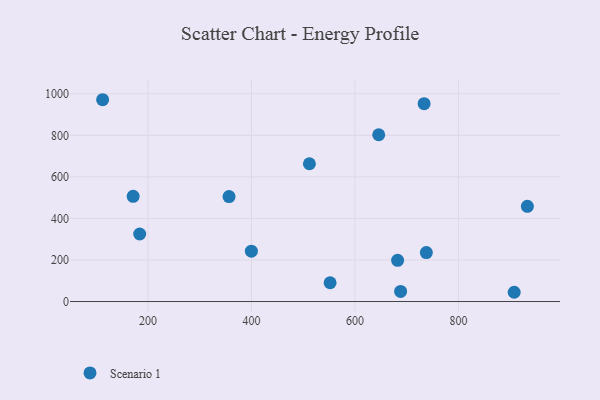
{"axis": {"x": "Study Hours", "y": "Demand"}, "legend": ["Scenario 1"], "data": [{"x": "907.6", "y": 44.5, "type": "Scenario 1"}, {"x": "688.2", "y": 48.4, "type": "Scenario 1"}, {"x": "512.0", "y": 663.1, "type": "Scenario 1"}, {"x": "112.5", "y": 971.3, "type": "Scenario 1"}, {"x": "171.5", "y": 506.2, "type": "Scenario 1"}, {"x": "682.4", "y": 198.2, "type": "Scenario 1"}, {"x": "733.6", "y": 952.3, "type": "Scenario 1"}, {"x": "356.7", "y": 505.3, "type": "Scenario 1"}, {"x": "399.9", "y": 242.1, "type": "Scenario 1"}, {"x": "933.1", "y": 458.0, "type": "Scenario 1"}, {"x": "552.0", "y": 90.4, "type": "Scenario 1"}, {"x": "737.9", "y": 235.8, "type": "Scenario 1"}, {"x": "645.9", "y": 802.7, "type": "Scenario 1"}, {"x": "184.1", "y": 325.1, "type": "Scenario 1"}]}